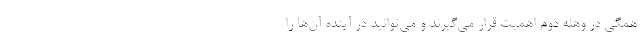
همگی در وهله دوم اهمیت قرار می‌گیرند و می‌توانید در آینده آن‌ها را